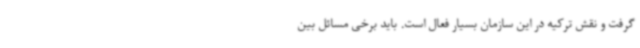
گرفت و نقش ترکیه در این سازمان بسیار فعال است. باید برخی مسائل بین